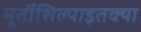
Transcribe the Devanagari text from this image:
मूर्तीशिल्पाइतक्या